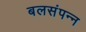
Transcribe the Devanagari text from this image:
बलसंपन्न